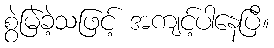
စွဲမြဲခဲ့သဖြင့် အကျင့်ပါနေပြီ။